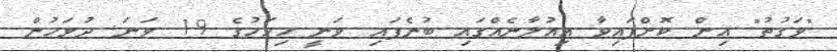
"ވަގުތު" އިން ކޮށްފައިވާ އިއުލާނެއްގައި ބުނެފައި ވަނީ މިމަހުގެ 19 ވަނަ ދުވަހުން